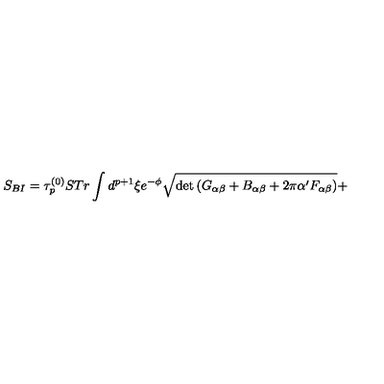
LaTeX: S _ { B I } = \tau _ { p } ^ { ( 0 ) } S T r \int d ^ { p + 1 } \xi e ^ { - \phi } \sqrt { \det \left( G _ { \alpha \beta } + B _ { \alpha \beta } + 2 \pi \alpha ^ { \prime } F _ { \alpha \beta } \right) } +